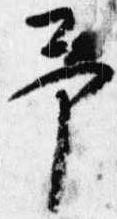
予